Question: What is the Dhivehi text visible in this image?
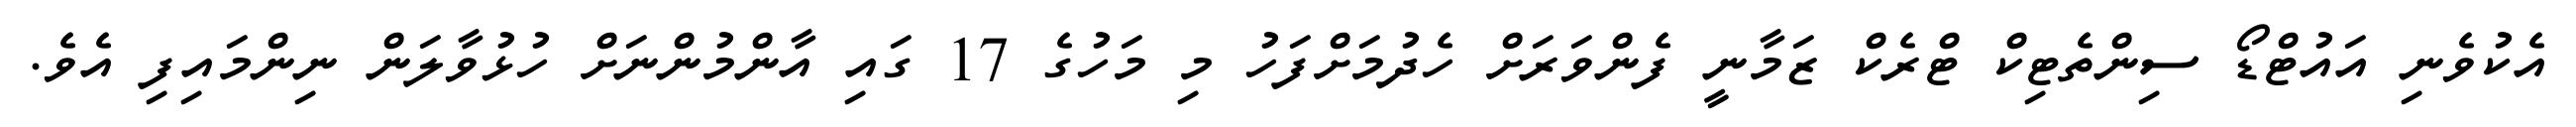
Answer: އެކުވެނި އައުޓްޑޯ ސިންތެޓިކް ޓްރެކް ޒަމާނީ ފެންވަރަށް ހެދުމަށްފަހު މި މަހުގެ 17 ގައި އާންމުންނަށް ހުޅުވާލަން ނިންމައިފި އެވެ.